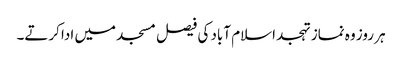
ہر روز وہ نماز تہجد اسلام آباد کی فیصل مسجد میں ادا کرتے۔